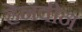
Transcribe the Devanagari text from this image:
हेनवीन